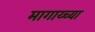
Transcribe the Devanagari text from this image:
मागाय्च्या